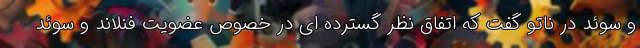
و سوئد در ناتو گفت که اتفاق نظر گسترده ای در خصوص عضویت فنلاند و سوئد